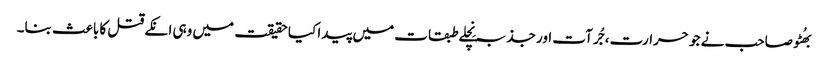
بھُٹو صاحب نے جو حرارت، جُرآت اور جذبہ نِچلے طبقات میں پیدا کیا حقیقت میں وہی انکے قتل کا باعث بنا۔